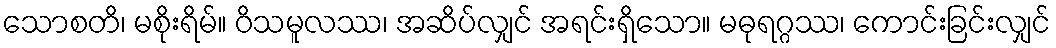
သောစတိ၊ မစိုးရိမ်။ ဝိသမူလဿ၊ အဆိပ်လျှင် အရင်းရှိသော။ မဓုရဂ္ဂဿ၊ ကောင်းခြင်းလျှင်